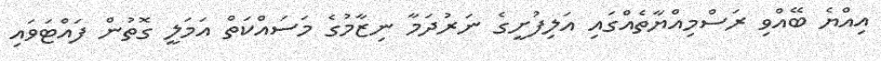
އިއްޔެ ބޭއްވި ރަސްމިއްޔާތެއްގައި އަލިފުށީގެ ނަރުދަމާ ނިޒާމުގެ މަސައްކަތް އަމަލީ ގޮތުން ފައްޓަވައި